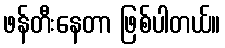
ဖန်တီးနေတာ ဖြစ်ပါတယ်။